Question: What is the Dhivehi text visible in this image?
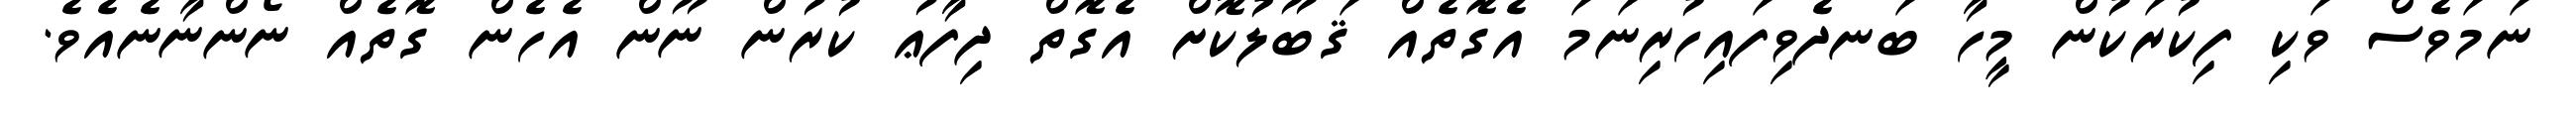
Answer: ނަމަވެސް ވަކި ފިކުރަކުން މީހާ ބަނދެވިފައިހުރިނަމަ އެގޮތެއް ޤަބޫލުކޮށް އެގޮތް ދިފާޢު ކުރުން ނޫން އެހެން ގޮތެއް ނޯންނާނެއެވެ.